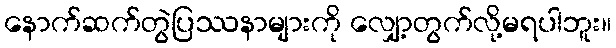
နောက်ဆက်တွဲပြဿနာများကို လျှော့တွက်လို့မရပါဘူး။